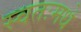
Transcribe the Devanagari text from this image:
स्वतःमधे